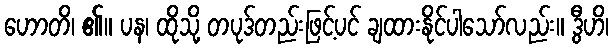
ဟောတိ၊ ၏။ ပန၊ ထိုသို့ တပုဒ်တည်းဖြင့်ပင် ချထားနိုင်ပါသော်လည်း။ ဒွီဟိ၊